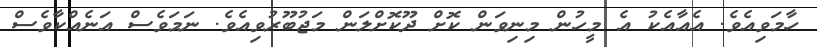
ހާމަވިއެވެ. އެއާއެކު އެ މީހުން މިނިވަން ކޮށް ދޫކޮށްލަން މަޖުބޫރުވިއެވެ. ނަމަވެސް އަނެއްކާވެސް